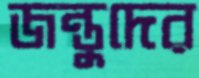
জন্তুদের